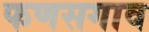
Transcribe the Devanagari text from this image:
फणसगाव